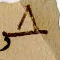
٨